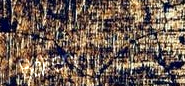
Bakery